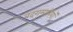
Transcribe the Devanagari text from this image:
बदगुमानियाॅ